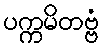
ပက္ကမိတဗ္ဗံ